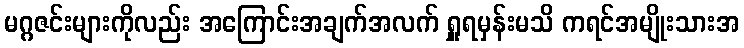
မဂ္ဂဇင်းများကိုလည်း အကြောင်းအချက်အလက် ရှူရမှန်းမသိ ကရင်အမျိုးသားအ